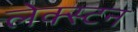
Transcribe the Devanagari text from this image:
लेक्स्टन